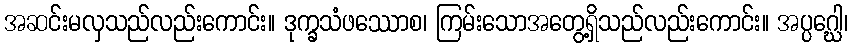
အဆင်းမလှသည်လည်းကောင်း။ ဒုက္ခသံဖဿောစ၊ ကြမ်းသောအတွေ့ရှိသည်လည်းကောင်း။ အပ္ပဂ္ဃေါ၊